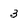
Character: 3